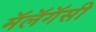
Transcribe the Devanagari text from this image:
मॅलॅगॅसी